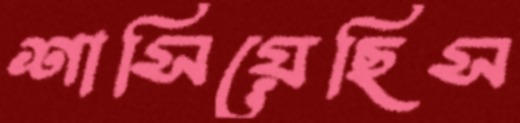
শাসিয়েছিস